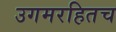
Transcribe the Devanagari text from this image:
उगमरहितच